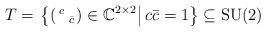
LaTeX: \begin{align*} T=\left.\left\{\left(\begin{smallmatrix} c & \\ & \bar c \end{smallmatrix}\right)\in\mathbb C^{2\times2}\right| c\bar c=1\right\} \subseteq\mathrm{SU}(2)\end{align*}